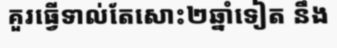
គួរធ្វើទាល់តែសោះ២ឆ្នាំទៀត នឹង